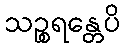
သဉ္စရန္တေပိ